Annual report on the Civil Veterinary Department, Burma (including the Insein Veterinary School) - 1910-1922
Year: 1910
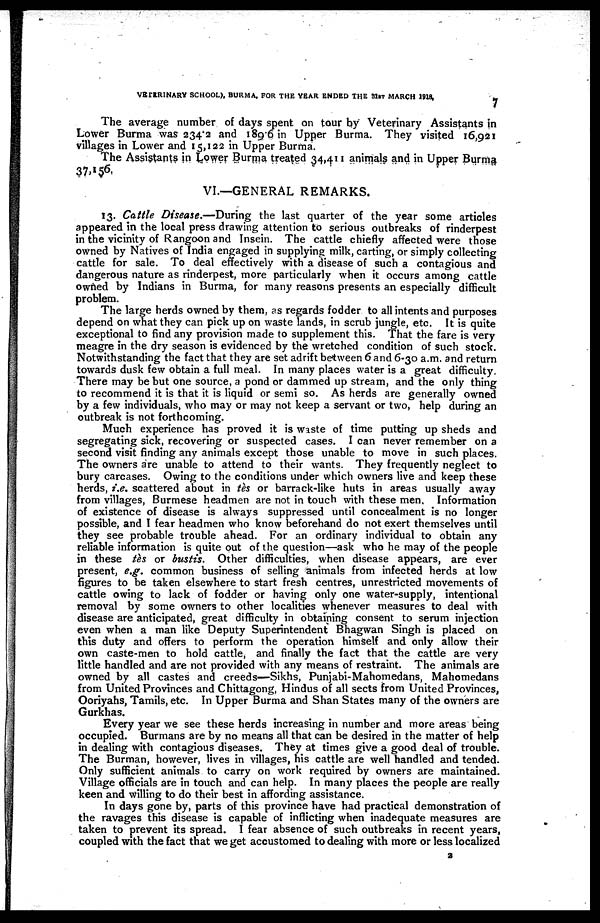
VETERINARY SCHOOL), BURMA, FOR THE YEAR ENDED THE 31ST MARCH
1918.
7
The average number of days spent on tour by Veterinary Assistants in
Lower Burma was 234.2 and 189.6 in Upper Burma. They visited 16,921
villages in Lower and 15,122 in Upper Burma.
The Assistants in Lower Burma treated 34,411 animals and in Upper Burma
37,156.
VI.—GENERAL REMARKS.
13. Cattle Disease.—During the last quarter of the year some articles
appeared in the local press drawing attention to serious outbreaks of rinderpest
in the vicinity of Rangoon and Insein. The cattle chiefly affected were those
owned by Natives of India engaged in supplying milk, carting, or simply collecting
cattle for sale. To deal effectively with a disease of such a contagious and
dangerous nature as rinderpest, more particularly when it occurs among cattle
owned by Indians in Burma, for many reasons presents an especially difficult
problem.
The large herds owned by them, as regards fodder to all intents and purposes
depend on what they can pick up on waste lands, in scrub jungle, etc. It is quite
exceptional to find any provision made to supplement this. That the fare is very
meagre in the dry season is evidenced by the wretched condition of such stock.
Notwithstanding the fact that they are set adrift between 6 and 6-30 a.m. and return
towards dusk few obtain a full meal. In many places water is a great difficulty.
There may be but one source, a pond or dammed up stream, and the only thing
to recommend it is that it is liquid or semi so. As herds are generally owned
by a few individuals, who may or may not keep a servant or two, help during an
outbreak is not forthcoming.
Much experience has proved it is waste of time putting up sheds and
segregating sick, recovering or suspected cases. I can never remember on a
second visit finding any animals except those unable to move in such places.
The owners are unable to attend to their wants. They frequently neglect to
bury carcases. Owing to the conditions under which owners live and keep these
herds, i.e. scattered about in tès or barrack-like huts in areas usually away
from villages, Burmese headmen are not in touch with these men. Information
of existence of disease is always suppressed until concealment is no longer
possible, and I fear headmen who know beforehand do not exert themselves until
they see probable trouble ahead. For an ordinary individual to obtain any
reliable information is quite out of the question—ask who he may of the people
in these tès or bustis. Other difficulties, when disease appears, are ever
present, e,g. common business of selling animals from infected herds at low
figures to be taken elsewhere to start fresh centres, unrestricted movements of
cattle owing to lack of fodder or having only one water-supply, intentional
removal by some owners to other localities whenever measures to deal with
disease are anticipated, great difficulty in obtaining consent to serum injection
even when a man like Deputy Superintendent Bhagwan Singh is placed on
this duty and offers to perform the operation himself and only allow their
own caste-men to hold cattle, and finally the fact that the cattle are very
little handled and are not provided with any means of restraint. The animals are
owned by all castes and creeds—Sikhs, Punjabi-Mahomedans, Mahomedans
from United Provinces and Chittagong, Hindus of all sects from United Provinces,
Ooriyahs, Tamils, etc. In Upper Burma and Shan States many of the owners are
Gurkhas.
Every year we see these herds increasing in number and more areas being
occupied. Burmans are by no means all that can be desired in the matter of help
in dealing with contagious diseases. They at times give a good deal of trouble.
The Burman, however, lives in villages, his cattle are well handled and tended.
Only sufficient animals to carry on work required by owners are maintained.
Village officials are in touch and can help. In many places the people are really
keen and willing to do their best in affording assistance.
In days gone by, parts of this province have had practical demonstration of
the ravages this disease is capable of inflicting when inadequate measures are
taken to prevent its spread. I fear absence of such outbreaks in recent years,
coupled with the fact that we get accustomed to dealing with more or less localized
2